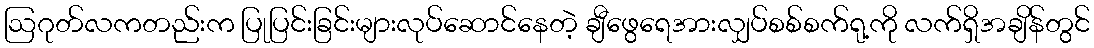
ဩဂုတ်လကတည်းက ပြုပြင်းခြင်းများလုပ်ဆောင်နေတဲ့ ချီဖွေရေအားလျှပ်စစ်စက်ရု့ကို လက်ရှိအချိန်တွင်